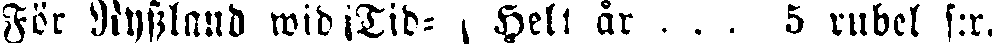
För Ryssland wid Tid- Helt är ... 5 rubel s:r.